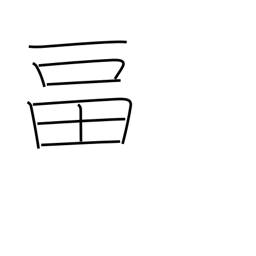
Meaning: to fill